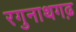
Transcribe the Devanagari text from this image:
रगुनाथगढ़